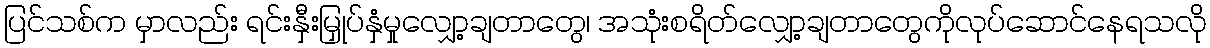
ပြင်သစ်က မှာလည်း ရင်းနှီးမြှုပ်နှံမှုလျှော့ချတာတွေ၊ အသုံးစရိတ်လျှော့ချတာတွေကိုလုပ်ဆောင်နေရသလို